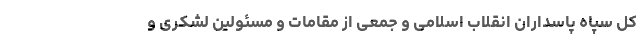
کل سپاه پاسداران انقلاب اسلامی و جمعی از مقامات و مسئولین لشکری و